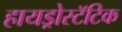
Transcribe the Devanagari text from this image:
हायड्रोस्टॅटिक